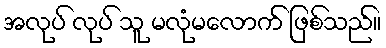
အလုပ် လုပ် သူ မလုံမလောက် ဖြစ်သည်။